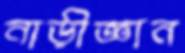
নাড়ীজ্ঞান